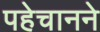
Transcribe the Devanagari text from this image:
पहेचानने